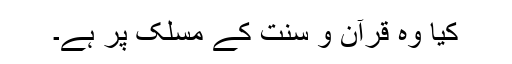
کیا وہ قرآن و سنت کے مسلک پر ہے۔